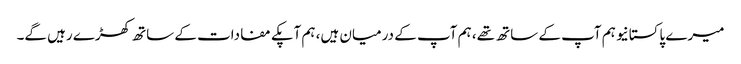
میرے پاکستانیو ہم آپ کے ساتھ تھے، ہم آپ کے درمیان ہیں، ہم آپکے مفادات کے ساتھ کھڑے رہیں گے۔